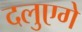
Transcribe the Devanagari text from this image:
दलुएगे